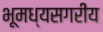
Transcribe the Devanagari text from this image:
भूमध्यसगरीय